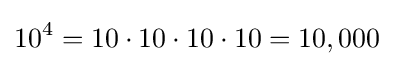
10^{4}=10\cdot 10\cdot 10\cdot 10=10,000